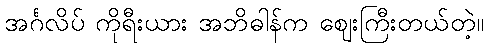
အင်္ဂလိပ် ကိုရီးယား အဘိဓါန်က ဈေးကြီးတယ်တဲ့။